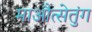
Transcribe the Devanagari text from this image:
माऔत्सेतुंग